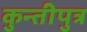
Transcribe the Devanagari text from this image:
कुन्तीपुत्र